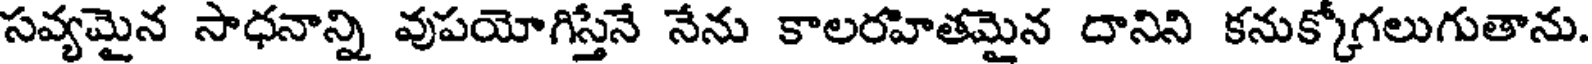
సవ్యమైన సాధనాన్ని వుపయోగిస్తేనే నేను కాలరహితమైన దానిని కనుక్కోగలుగుతాను.